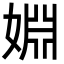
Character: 婣